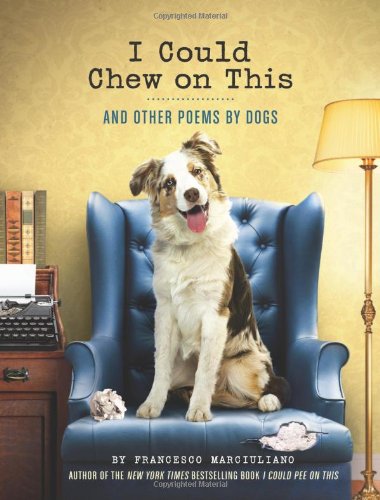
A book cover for I Could Chew on This: And Other Poems by Dogs; Francesco Marciuliano; Humor & Entertainment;